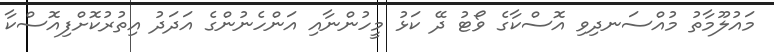
މައުލޫމާތު މުއްސަނދިވި އޮސްކާގެ ވޯޓު ދޭ ކަޅު މީހުންނާއި އަންހެނުންގެ އަދަދު އިތުރުކޮށްފިއޮސްކާ